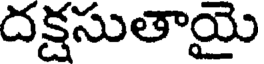
దక్షసుతాయై